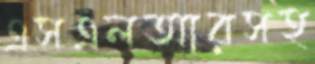
এসএলআরসহ